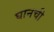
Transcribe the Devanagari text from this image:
घानची